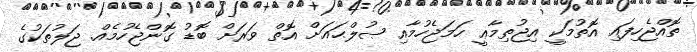
ތޮއްޖެހިފައި އޮތުމަކީ އިޖުތިމާޢީ ހަމަޖެހުމާއި ޞުލްޙައަށް އޮތް ވަރަށް ބޮޑު ގޮންޖެހުމެއް. ޖަލުތަކުގެ